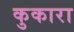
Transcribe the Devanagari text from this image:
कुकारा